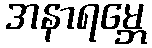
အနာရမ္ဘေ